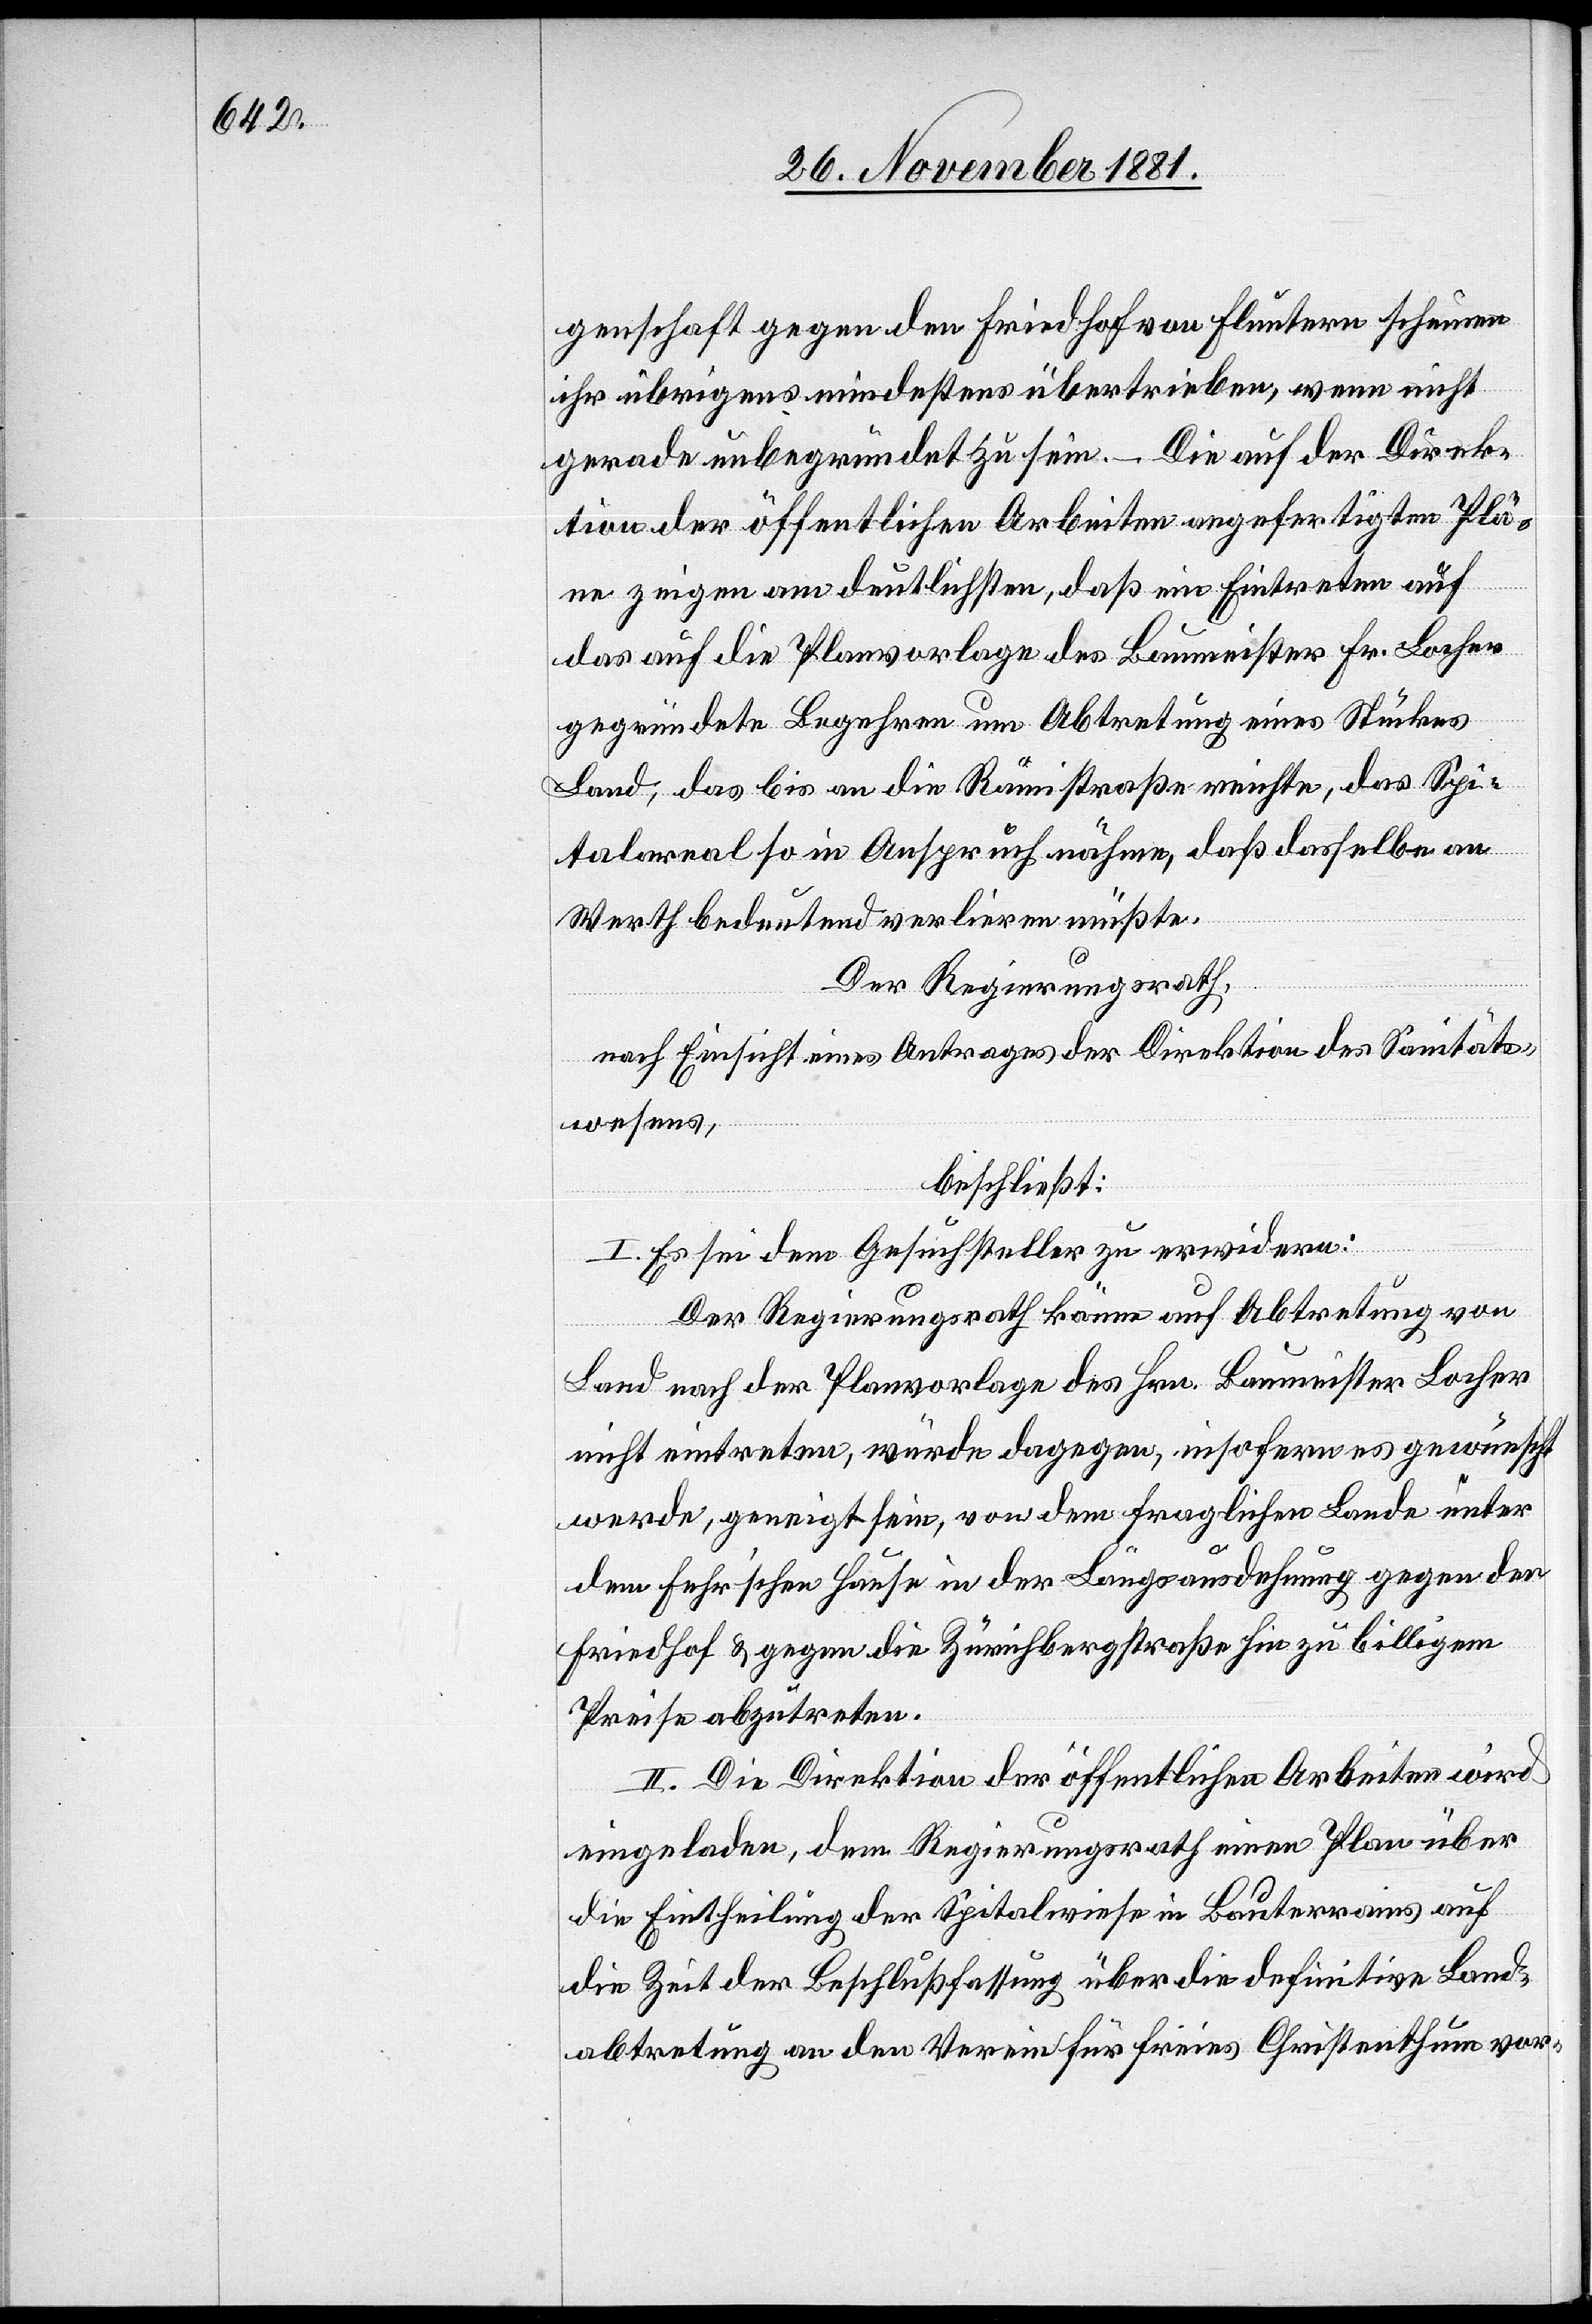
genschaft gegen den Friedhof von Fluntern scheine
ihr übrigens mindestens übertrieben, wenn nicht
gerade unbegründet zu sein. – Die auf der Direk¬
tion der öffentlichen Arbeiten angefertigten Plä¬
ne zeigen am deutlichsten, daß ein Eintreten auf
das auf die Planvorlage des Baumeisters Hr. Locher
gegründete Begehren um Abtretung eines Stückes
Land, das bis an die Rämistraße reichte, das Spi¬
talareal so in Anspruch nähme, daß dasselbe an
Werth bedeutend verlieren müßte.
Der Regierungsrath,
nach Einsicht eines Antrages der Direktion des Sanitäts¬
wesens,
beschließt:
I. Es sei dem Gesuchsteller zu erwidern:
Der Regierungsrath könne auf Abtretung von
Land nach der Planvorlage des Hrn. Baumeister Locher
nicht eintreten, würde dagegen, insofern es gewünscht
werde, geneigt sein, von dem fraglichen Lande unter
dem Fehr’schen Hause in der Längsausdehnung gegen den
Friedhof & gegen die Zürichbergstraße hin zu billigem
Preise abzutreten.
II. Die Direktion der öffentlichen Arbeiten wird
eingeladen, dem Regierungsrath einen Plan über
die Eintheilung der Spitalwiese in Bauterrains auf
die Zeit der Beschlußfassung über die definitive Land¬
abtretung an den Verein für freies Christenthum vor-